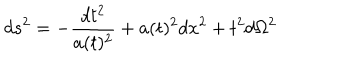
d s ^ { 2 } = - \frac { d t ^ { 2 } } { a ( t ) ^ { 2 } } + a ( t ) ^ { 2 } d x ^ { 2 } + t ^ { 2 } d \Omega ^ { 2 }